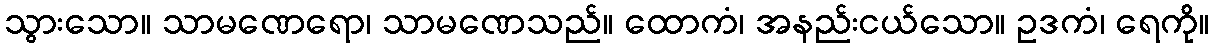
သွားသော။ သာမဏေရော၊ သာမဏေသည်။ ထောကံ၊ အနည်းငယ်သော။ ဥဒကံ၊ ရေကို။